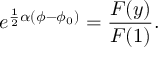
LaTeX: { e ^ { \frac { 1 } { 2 } \alpha ( \phi - \phi _ { 0 } ) } = \frac { F ( y ) } { F ( 1 ) } . }